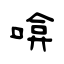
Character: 啽